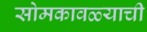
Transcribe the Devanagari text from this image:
सोमकावळ्याची